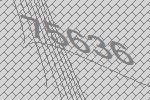
75636